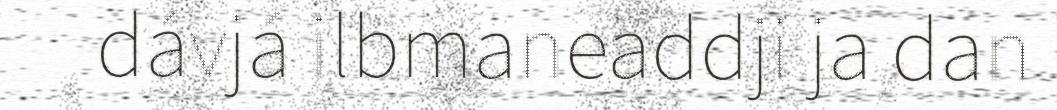
dávjá ilbmaneaddji ja dan